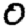
Digit: 0